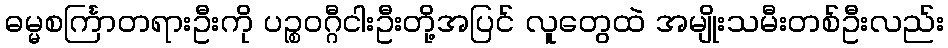
ဓမ္မစင်္ကြာတရားဦးကို ပဉ္စဝဂ္ဂီငါးဦးတို့အပြင် လူတွေထဲ အမျိုးသမီးတစ်ဦးလည်း